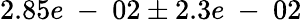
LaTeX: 2.85e\mathrm{~-~}02\pm 2.3e\mathrm{~-~}02